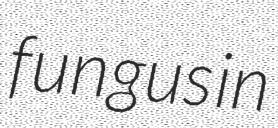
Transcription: fungus in